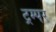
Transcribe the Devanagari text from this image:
ट्रम्पर